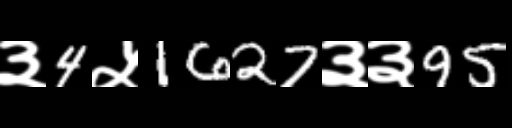
Text: ३4५1627३३95